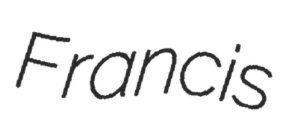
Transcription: Francis